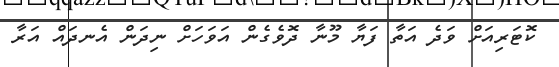
ކޮޓަރިއަށް ވަދެ އަތާ ފަޔާ މޫނާ ދޮވެގެން އަވަހަށް ނިދަން އެނދައް އަރާ